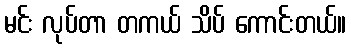
မင်း လုပ်တာ တကယ် သိပ် ကောင်းတယ်။